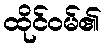
ထိုင်ဝမ်၏